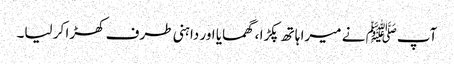
آپﷺ نے میرا ہاتھ پکڑا ، گھمایا اور داہنی طرف کھڑا کر لیا۔